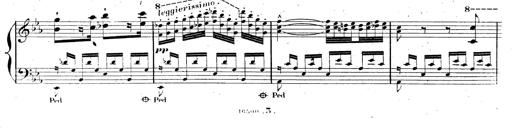
Title: AnnÃ©es de pÃ¨lerinage II, SupplÃ©ment
Composer: Franz Liszt